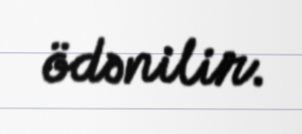
ödənilir.